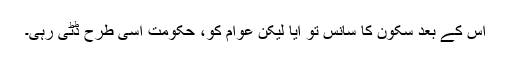
اس کے بعد سکون کا سانس تو آیا لیکن عوام کو، حکومت اسی طرح ڈٹی رہی۔